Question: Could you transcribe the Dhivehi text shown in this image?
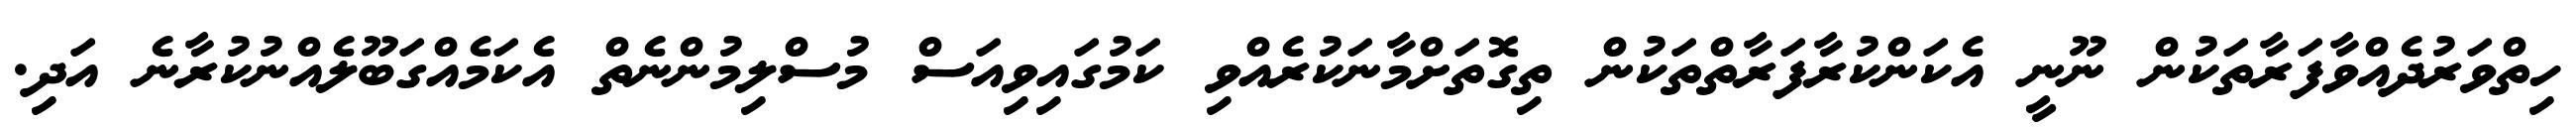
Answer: ހިތްވަރުދެއްވާފަރާތަކުން ނޫނީ އެކަންކުރާފަރާތްތަކުން ތިގޮތަށްމާނަކުރެއްވި ކަމުގައިވިއަސް މުސްލިމުންނެތް އެކަމެއްގަބޫލެއްނުކުރާނެ އަދި.